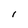
Character: l